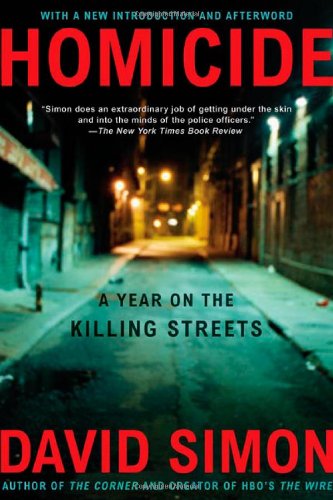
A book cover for Homicide: A Year on the Killing Streets; David Simon; Law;